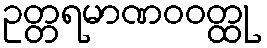
ဥတ္တရမာဏဝဝတ္ထု